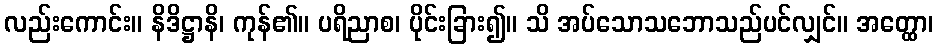
လည်းကောင်း။ နိဒိဋ္ဌာနိ၊ ကုန်၏။ ပရိညာစ၊ ပိုင်းခြား၍။ သိ အပ်သောသဘောသည်ပင်လျှင်။ အတ္ထော၊